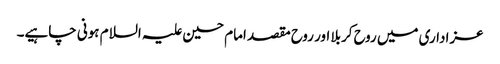
عزاداری میں روح کربلا اور روح مقصد امام حسین علیہ السلام ہونی چاہیے۔